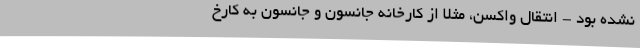
نشده بود - انتقال واکسن، مثلاً از کارخانه جانسون و جانسون به کارخ